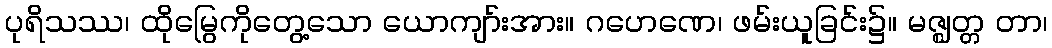
ပုရိသဿ၊ ထိုမြွေကိုတွေ့သော ယောကျာ်းအား။ ဂဟေဏေ၊ ဖမ်းယူခြင်း၌။ မဇ္ဈတ္တ တာ၊